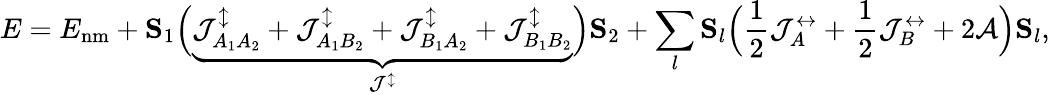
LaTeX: E=E_{\mathrm{nm}}+{\mathbf S}_{1}\Big(\underbrace{\mathcal{J}_{A_{1}A_{2}}^{\updownarrow}+\mathcal{J}_{A_{1}B_{2}}^{\updownarrow}+\mathcal{J}_{B_{1}A_{2}}^{\updownarrow}+\mathcal{J}_{B_{1}B_{2}}^{\updownarrow}}_{\mathcal{J}^{\updownarrow}}\Big){\mathbf S}_{2}+\sum_{l}{\mathbf S}_{l}\Big(\frac{1}{2}\mathcal{J}_{A}^{\leftrightarrow}+\frac{1}{2}\mathcal{J}_{B}^{\leftrightarrow}+2\mathcal{A}\Big){\mathbf S}_{l},